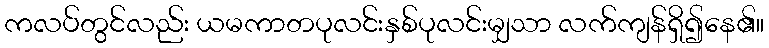
ကလပ်တွင်လည်း ယမကာတပုလင်းနှစ်ပုလင်းမျှသာ လက်ကျန်ရှိ၍နေ၏။